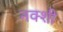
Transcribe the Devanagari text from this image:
नक्शी